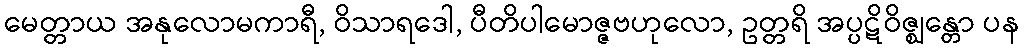
မေတ္တာယ အနုလောမကာရီ, ဝိသာရဒေါ, ပီတိပါမောဇ္ဇဗဟုလော, ဥတ္တရိ အပ္ပဋိဝိဇ္ဈန္တော ပန